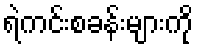
ရဲကင်းစခန်းများကို